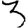
Digit: 3